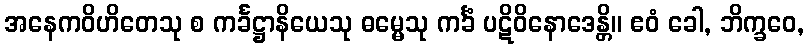
အနေကဝိဟိတေသု စ ကင်္ခဋ္ဌာနိယေသု ဓမ္မေသု ကင်္ခံ ပဋိဝိနောဒေန္တိ။ ဧဝံ ခေါ, ဘိက္ခဝေ,